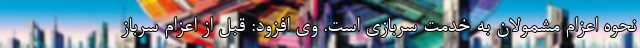
نحوه اعزام مشمولان به خدمت سربازی است. وی افزود: قبل از اعزام سرباز